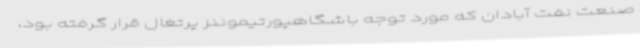
صنعت نفت آبادان که مورد توجه باشگاهپورتیموننز پرتغال قرار گرفته بود،